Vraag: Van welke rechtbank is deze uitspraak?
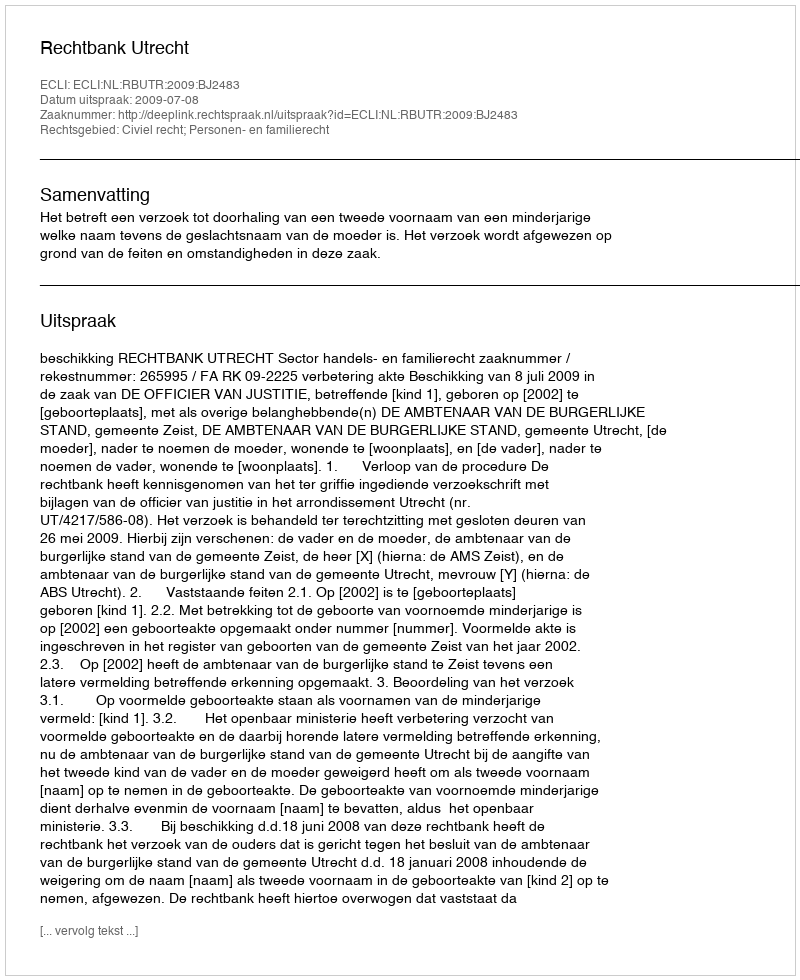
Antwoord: Rechtbank Utrecht